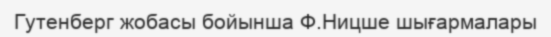
Гутенберг жобасы бойынша Ф.Ницше шығармалары